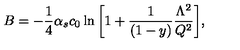
B = - { \frac { 1 } { 4 } } \alpha _ { s } c _ { 0 } \ln { \left[ 1 + { \frac { 1 } { ( 1 - y ) } } { \frac { \Lambda ^ { 2 } } { Q ^ { 2 } } } \right] } ,